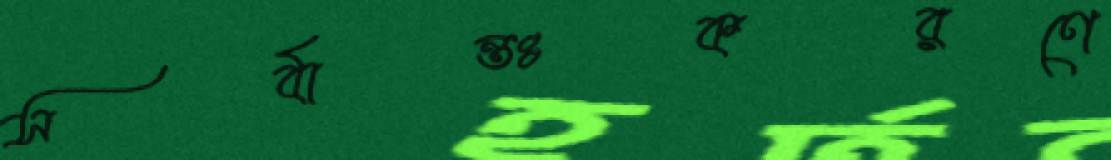
সর্বান্তঃকরণে